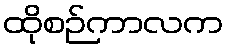
ထိုစဉ်ကာလက